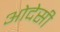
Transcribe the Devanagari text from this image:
ओदेसी